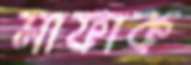
সাফাক